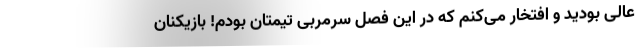
عالی بودید و افتخار می‌کنم که در این فصل سرمربی تیمتان بودم! بازیکنان